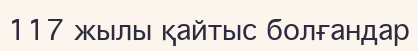
117 жылы қайтыс болғандар